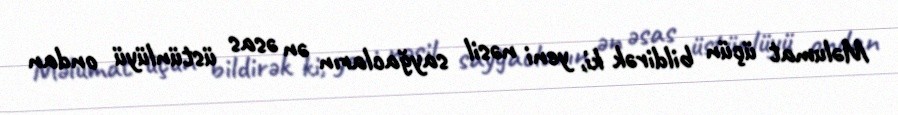
Məlumat üçün bildirək ki, yeni nəsil sayğacların ən əsas üstünlüyü ondan